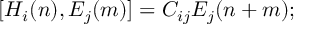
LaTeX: [ H _ { i } ( n ) , E _ { j } ( m ) ] = C _ { i j } E _ { j } ( n + m ) ;